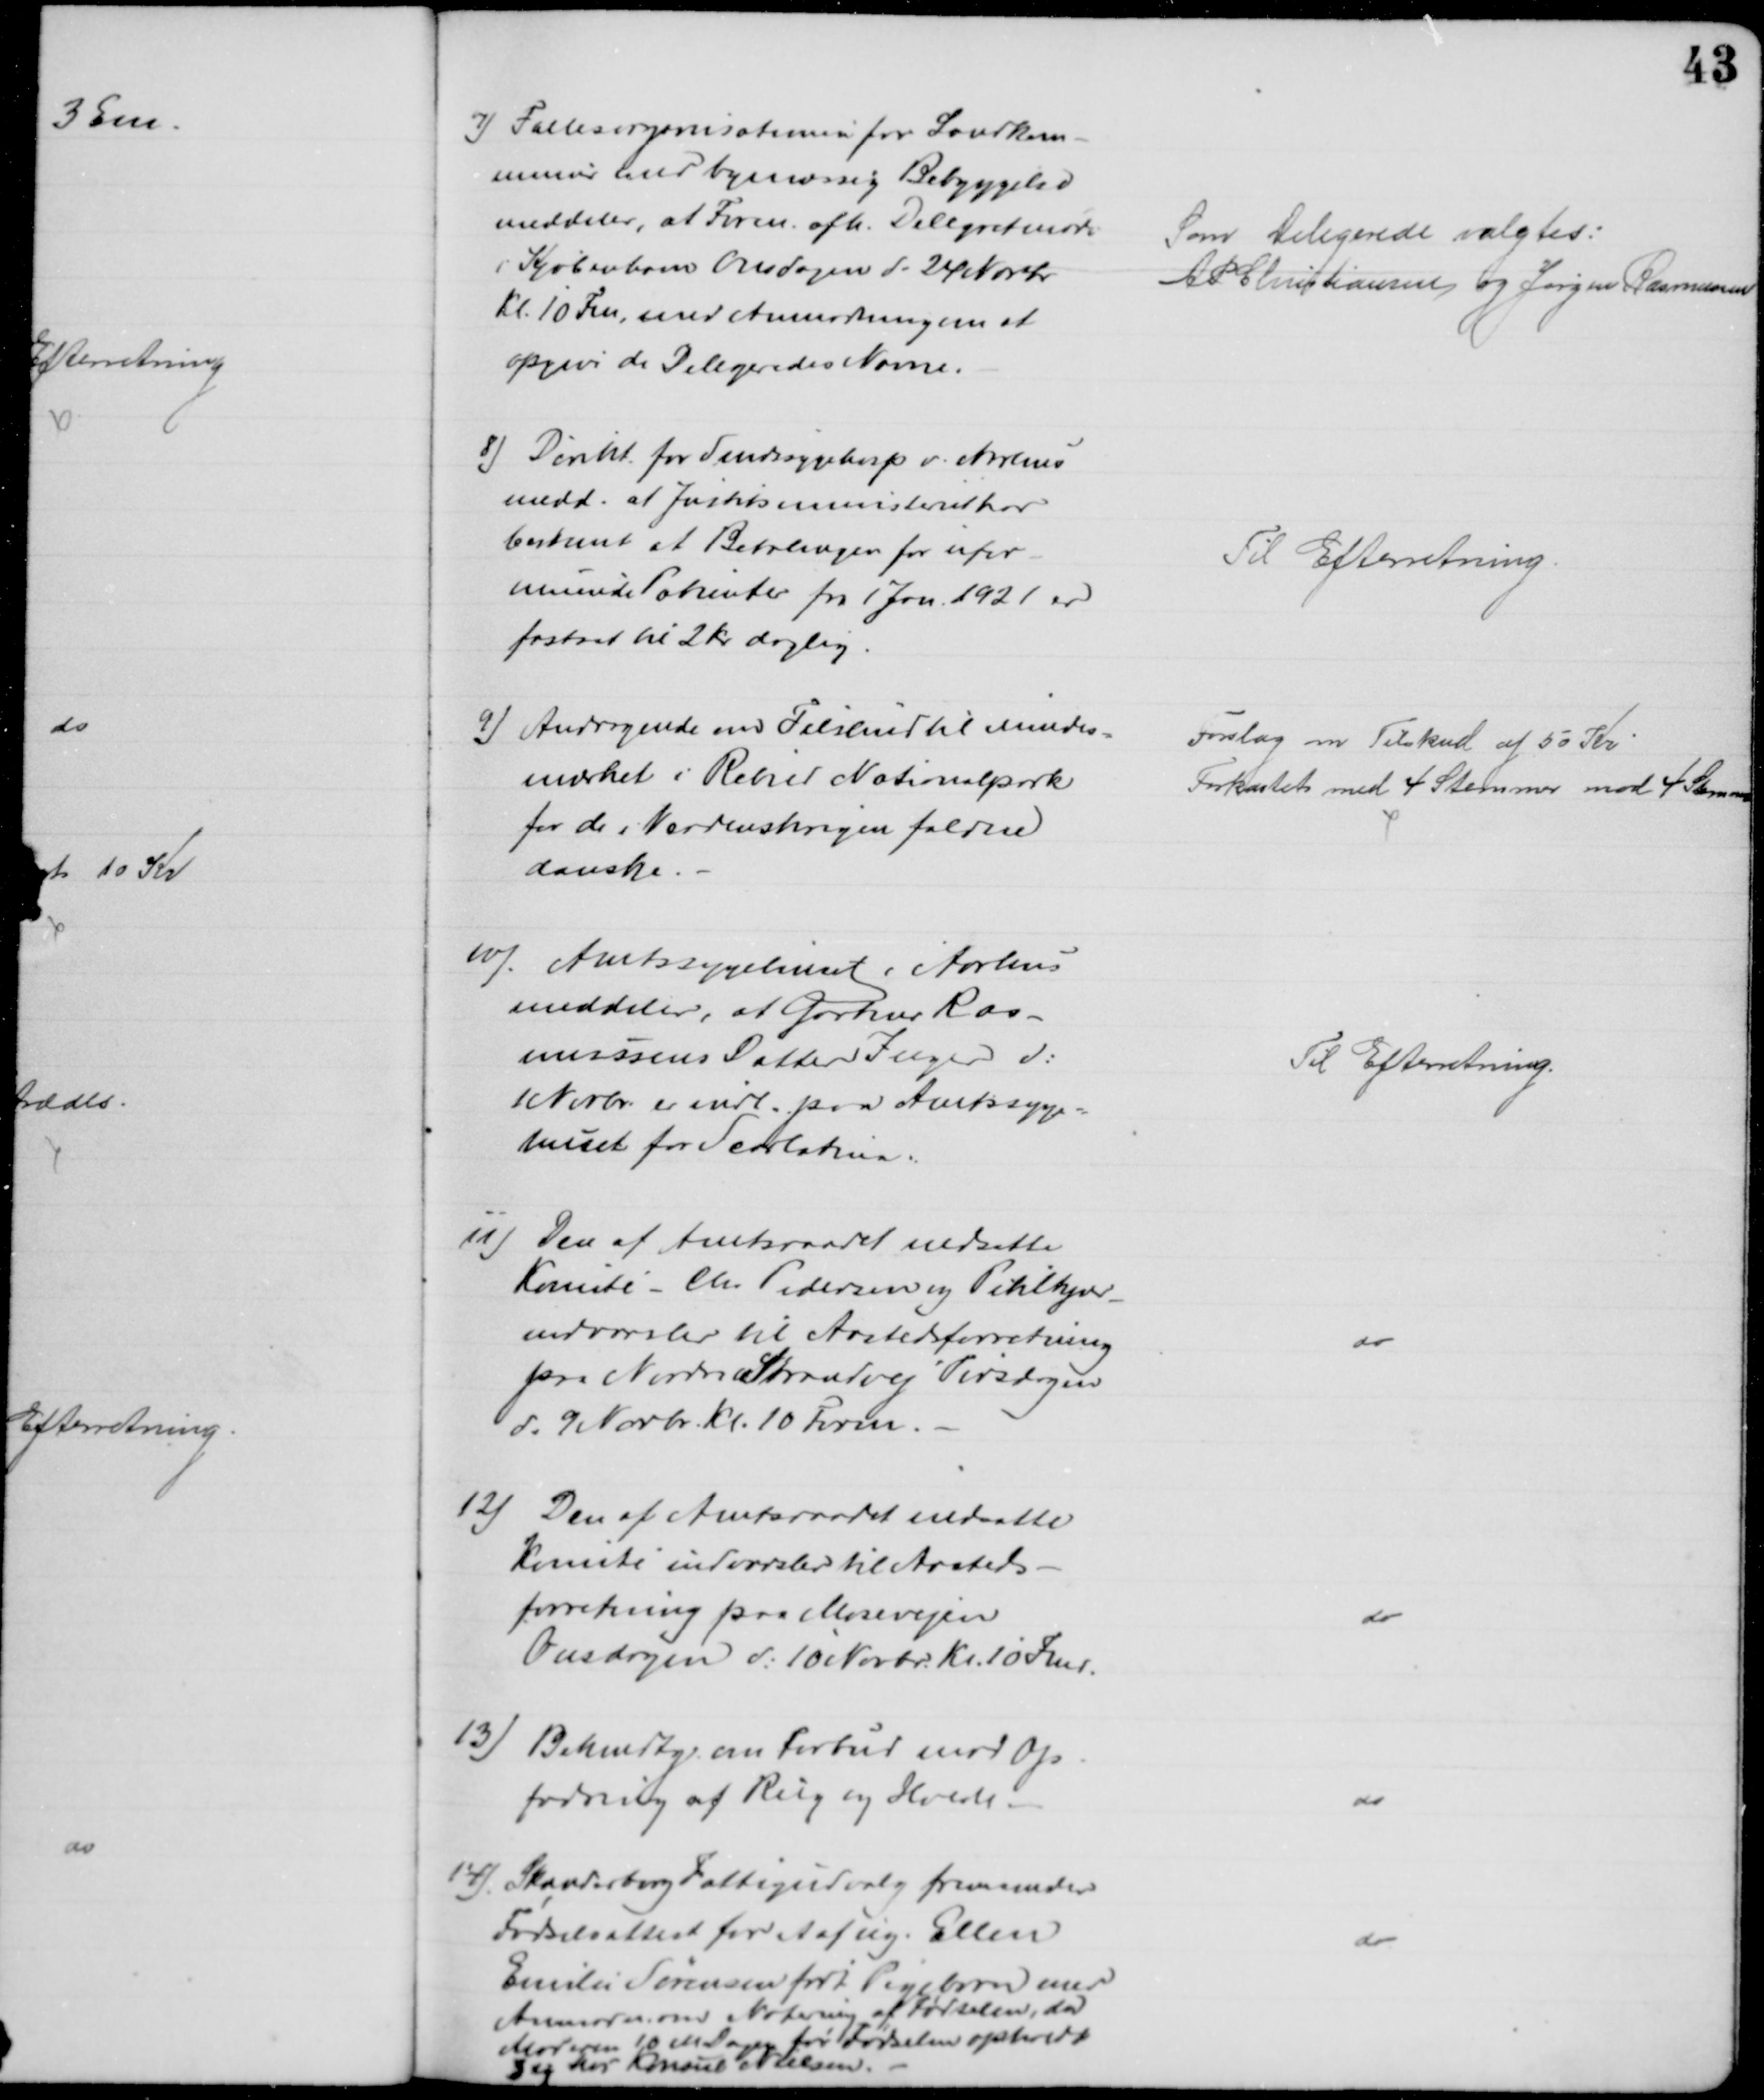
Transskription:
7) Fællesorganisationen for Landkom=
muner med bymæssig Bebyggelse
meddeler, at Foren. afh. Delegeretmøde
i Kjøbenhavn Onsdagen d. 24 Novbr
Kl. 10 Fm., med Anmodning om at
opgive de Delegeredes Navne.
Som Delegerede valgtes:
A P Christiansen og Jørgen Rasmussen
8) Direkt. for Sindssygehosp v. Aarhus
medd. at Justitsministeriet har
bestemt at Betalingen for ufor-
muende Patienter fra 1 Jan. 1921 er
fastsat til 2 Kr daglig.
Til Efterretning.
9) Andragende om Tilskud til Mindes=
mærket i Rebild Nationalpark
for de i Verdenskrigen faldne
danske
Forslag om Tilskud af 50 Kr
Forkastet med 4 Stemmer mod 4 Stemmer
10)
Amtssygehuset i Aarhus
meddeler, at Gartner Ras-
mussens Datter Inger d:
1 Novbr. er indl. paa Amtssyge=
huset for Scarlatina.
Til Efterretning.
11) Den af Amtsraadet nedsatte
Komité Chr. Pedersen og Pihlkjær
indvarsler til Aastedsforretning
paa Nordre Strandvej Tirsdagen
d. 9 Novbr. Kl. 10 Form.
do
12) Den af Amtsraadet nedsatte
Komité indvarsler til Aasteds-
forretning paa Mosevejen
Onsdagen d: 10 Novbr. Kl. 10 Fmd.
do
13) Bekendtg. om Forbud mod Op-
fodring af Rug og Hvede 
do
14) Skanderborg Fattigudvalg fremsender
Fødselsattest for et af ug. Ellen
Emilie Sørensen født Pigebarn med
Anmodn om Notering af Fødselen, da
Moderen 10 M Dagen før Fødselen opholdt
sig hos Konsul Nielsen
do